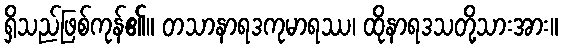
ရှိသည်ဖြစ်ကုန်၏။ တသာနာရဒကုမာရဿ၊ ထိုနာရဒသတို့သားအား။